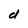
Character: d